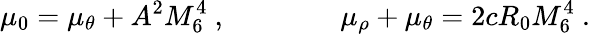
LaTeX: \mu_{0}=\mu_{\theta}+A^{2}M_{6}^{4}\ ,\qquad\qquad\mu_{\rho}+\mu_{\theta}=2cR_{0}M_{6}^{4}\ .